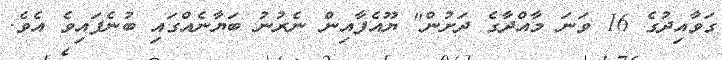
ގަވާއިދުގެ 16 ވަނަ މާއްދާގެ ދަށުން" ޔޫއެފާއިން ނެރުނު ބަޔާނެއްގައި ބުނެފައިވެ އެވެ.